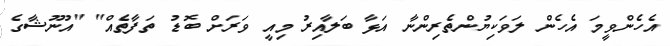
އެހެންވީމަ އެހެން ލަވަކިޔުންތެރިންނާ އަޅާ ބަލާއިރު މިއީ ވަރަށް ބޮޑު ތަފާތެއް" "އުނޫޝާގެ